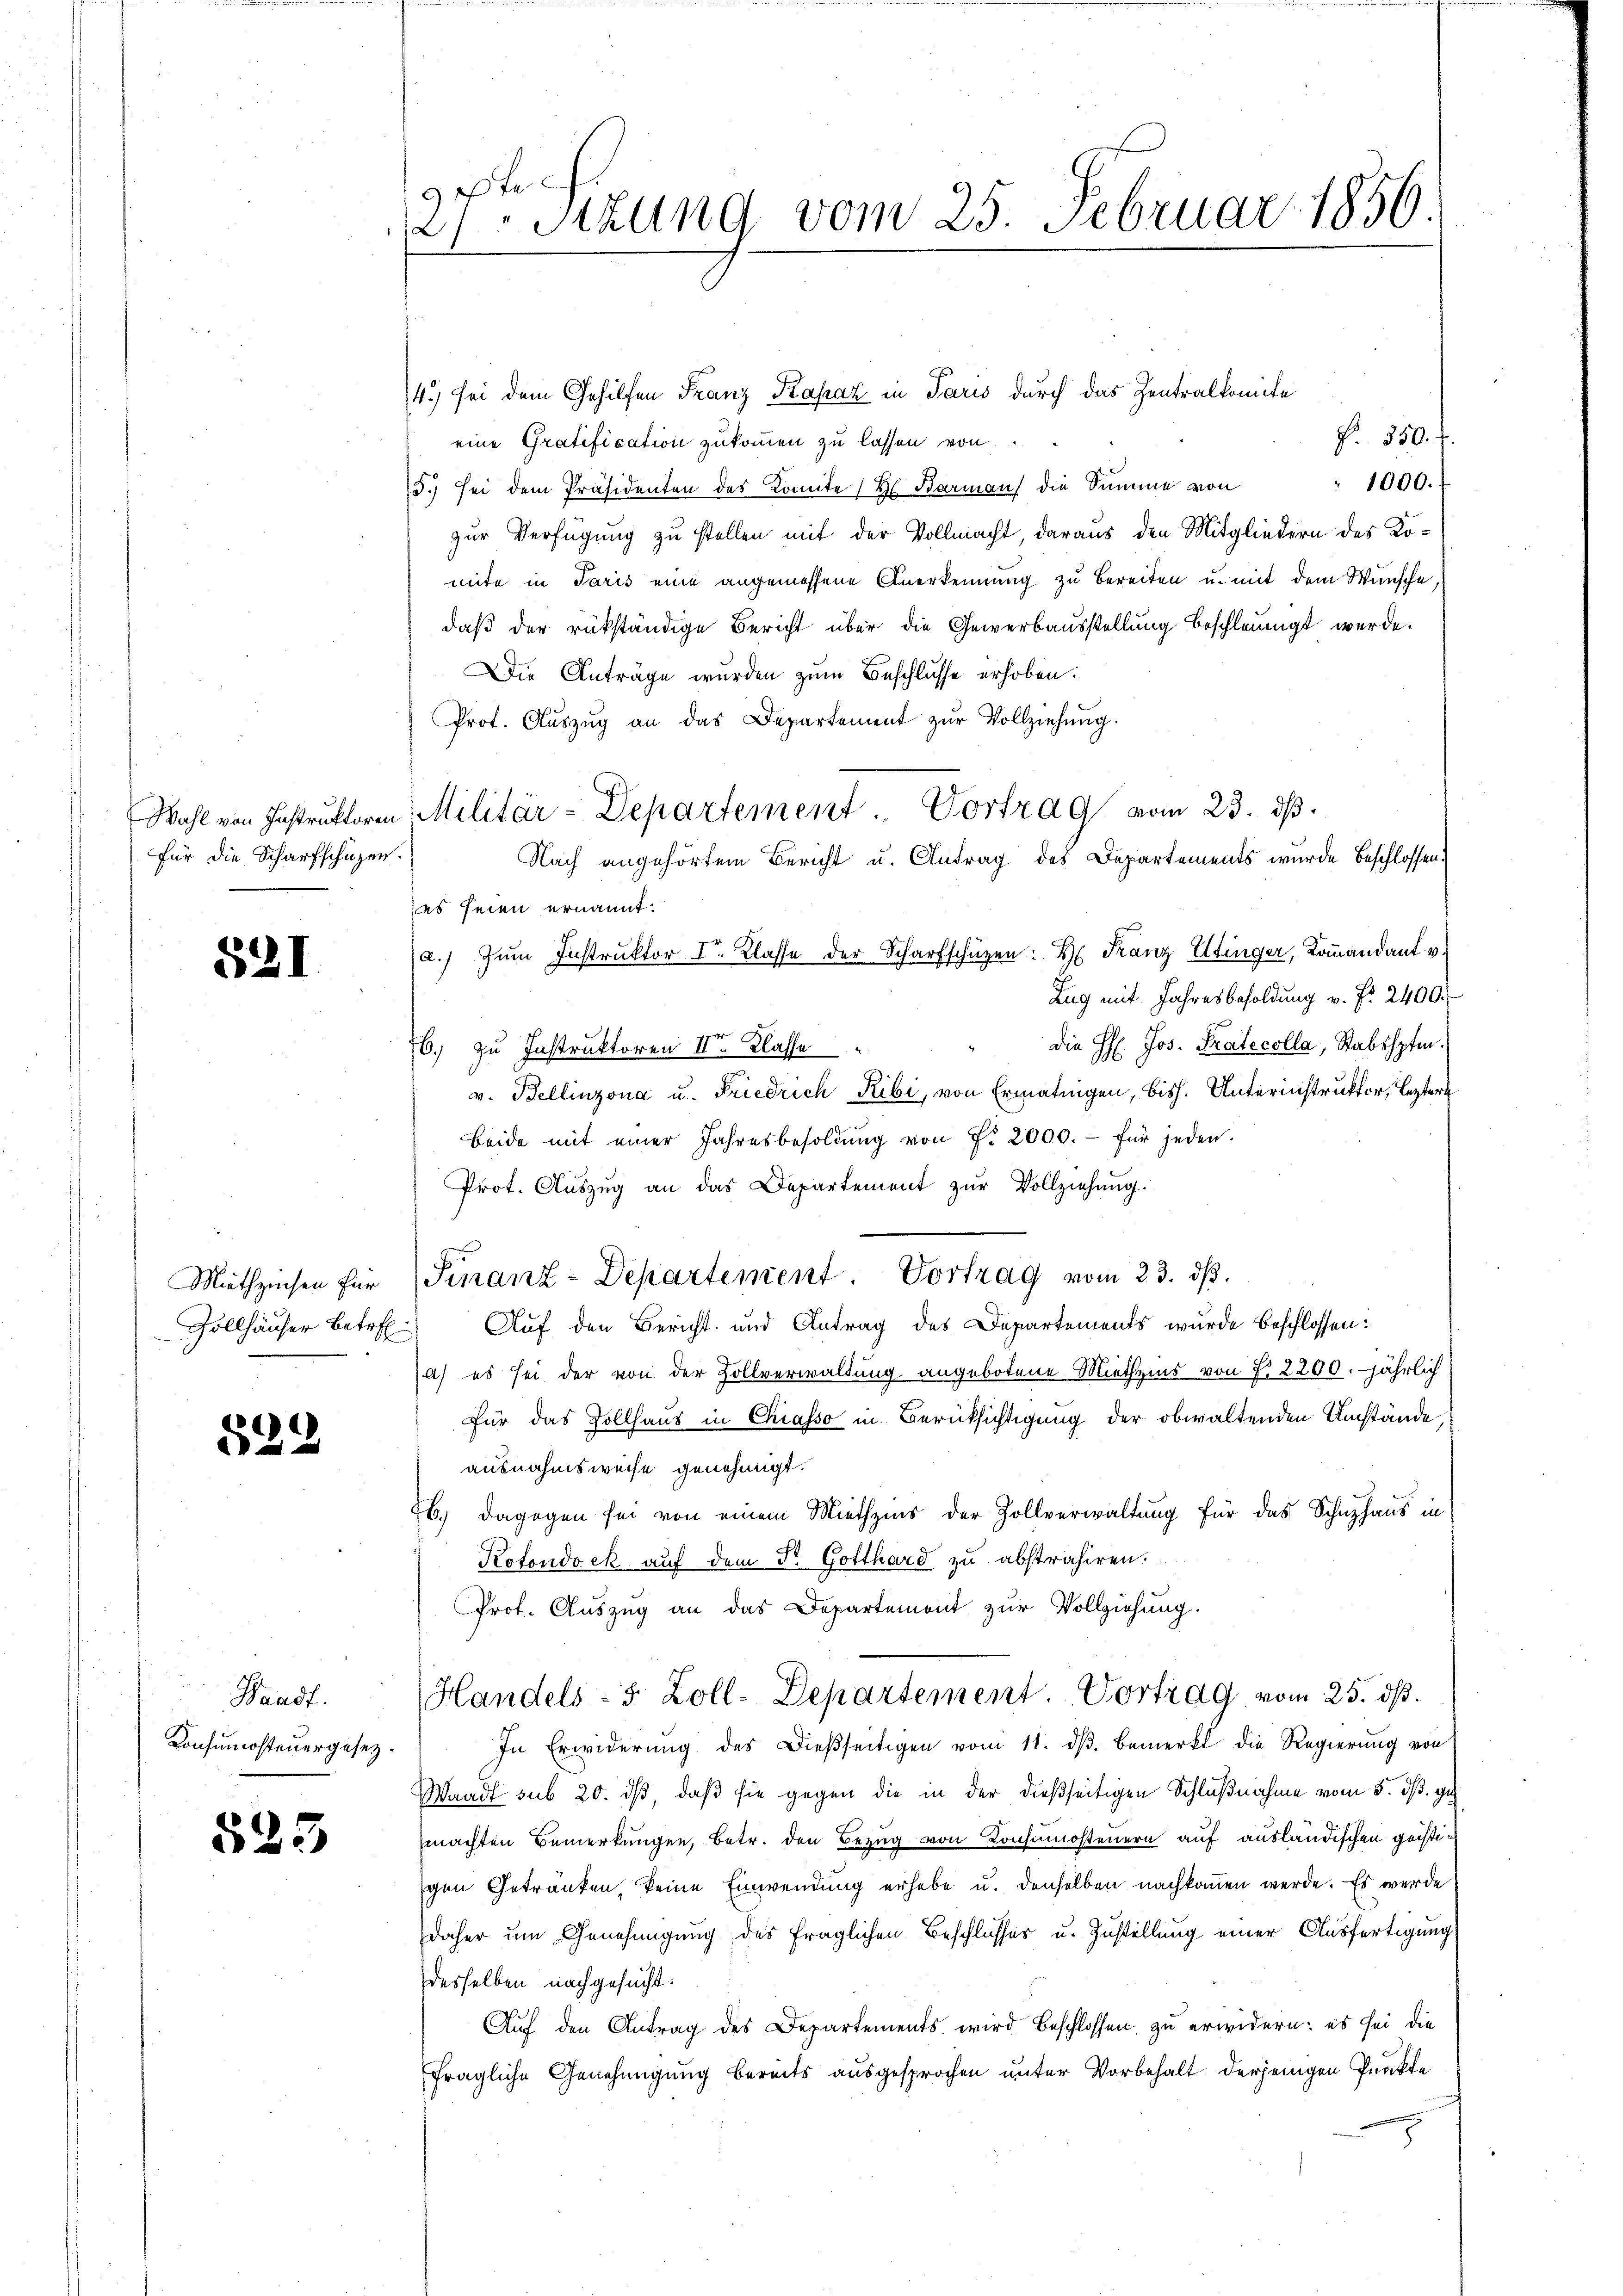
für die Scharfschüzen.

52I

329

Waadt.
Konsumsteuergesetz.

525

27ten Sitzung vom 25. Februar 1856.

4.) sei dem Gehilfen Franz Kapaz in Paris durch das Zentralkomite
P. 350. I.
eine Gratification zukommen zu lassen von
1000.
5.) sei dem Präsidenten des Komite (H. Barman die Summe von
zur Verfügung zu stellen mit der Vollmacht, daraus den Mitgliedern des Komite in Paris eine angemessene Anerkennung zŭ bereiten u. mit dem Wünsche,
daß der rükständige Bericht über die Gewerbausstellung beschleunigt werde.
Die Anträge wurden zum Beschlusse erhoben.
Prof. Aŭszŭg an das Departement zŭr Vollziehung.
Wahl von Instrŭktoren Militär-Departement. Vortrag vom 23. ds.
Nach angehörtem Bericht u. Antrag des Departements wurde beschlossen.
es seien ernannt.
(a.) zŭm Instrŭktor Ir Klasse der Scharfschüzen: H. Franz Ettinger, Koṁandant v.
Zug mit Jahresbesoldung v. Fr. 2400.
die H: Jos. Pratecolla, Stabshpfen.
26. zu Instruktoren II. Klasse
v. Bellinzona u. Friedrich Ribi, von Ermatingen, bish. Unterinstruktor, Lezter
Beide mit einer Jahresbesoldŭng von Fr. 2000.- für jeden.
Prot. Aŭszŭg an das Departement zŭr Vollziehung.
Gollhäuser betr. Auf den Bericht und Antrag des Departements wurde beschlossen:
) es sei der von der Zollverwaltung angebotene Miethzins von P. 2200. jährlich
Für das Sollhaus in Chiasso in Berücksichtigung der obwaltenden Umstände,
ausnahmsweise genehmigt.
b.) Dagegen sei von einem Miethzins der Zollverwaltung für das Schuzhaus in
Rotondock auf dem Dr. Gotthard zu abstrahiren.
Prot. Auszug an das Departemont zur Vollziehung.
Handels- 5 Zoll-Departement Vortrag vom 25. ds.
In Erwiderŭng des Dießseitigen vom 11. dβ bemerkt die Regierŭng von
Waadt sub 20. ds, daß sie gegen die in der dießseitigen Schlußnahme vom 5. dß. ge
machten Bemerkungen, betr. den Bezug von Konsumosteuern auf ausländischen geistigen Getränken, keine Einwendung erhebe u. denselben nachkommen werde. Es werde
daher um Genehmigung des fraglichen Beschlusser u. Zustellung einer Ausfertigung
desselben nachgesucht.
Auf den Antrag des Departements wird beschlossen zu erwidern: es sei die
fragliche Genehmigung bereits ausgesprochen unter Vorbehalt derjenigen Punkte

Miethzinsen für Finanz-Departement. Vortrag vom 23. dβ.